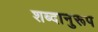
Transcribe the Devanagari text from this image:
शब्दानुरूप